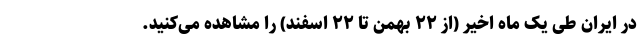
در ایران طی یک ماه اخیر (از ۲۲ بهمن تا ۲۲ اسفند) را مشاهده می‌کنید.